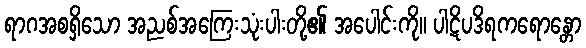
ရာဂအစရှိသော အညစ်အကြေးသုံးပါးတို့၏ အပေါင်းကို။ ပါဋိပဒိရကရောန္တော